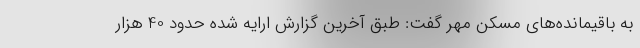
به باقیمانده‌های مسکن مهر گفت: طبق آخرین گزارش ارایه شده حدود 40 هزار